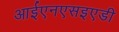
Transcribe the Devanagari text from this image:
आईएनएसइएडी